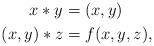
LaTeX: \begin{align*}x * y &= (x,y) \\ (x,y) * z &= f(x,y,z) ,\end{align*}